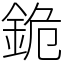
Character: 䤥